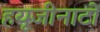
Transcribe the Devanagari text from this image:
हयूजीनाटों